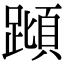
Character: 蹞